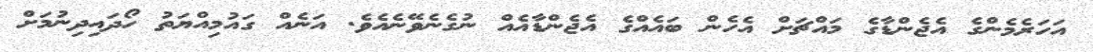
އަހަރެމެންގެ އެޖެންޑާގެ މައްޗަށް އެހެން ބައެއްގެ އެޖެންޑާއެއް ނުގެނެވޭނެއެވެ. އަނެއް ގައުމިއްޔަތު ހޯދައިދިނުމަށް